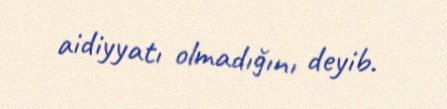
aidiyyatı olmadığını deyib.